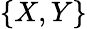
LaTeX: \{ X,Y\}